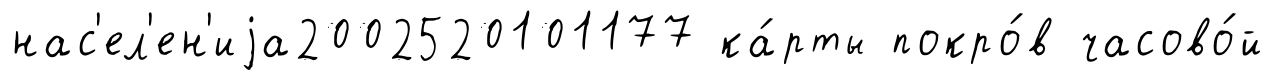
нас'ел'ен'иjа2002520101177 ка́рты покро́в часово́й